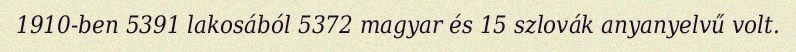
1910-ben 5391 lakosából 5372 magyar és 15 szlovák anyanyelvű volt.